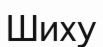
Шиху